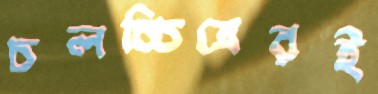
চলচ্চিত্রেরই